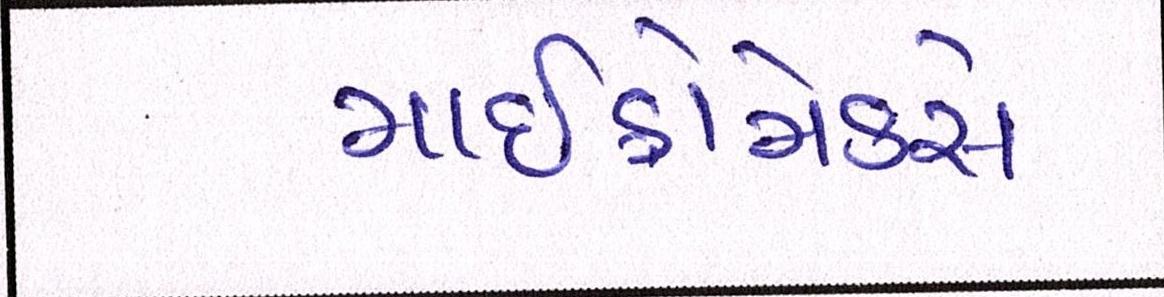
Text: માઈક્રોમેક્સે